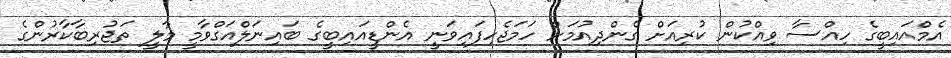
އެމްއައިބީގެ ހިއްސާ ވިއްކުން ކުރިއަށް ގެންދިއުމަށް ހަމަޖެހިފައިވަނީ އެންޑީއައިބީގެ ބައިނަލްއަގްވާމީ މާލީ ތަޖުރިބާކާރުންގެ